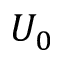
U _ { 0 }